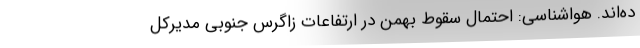
ده‌اند. هواشناسی: احتمال سقوط بهمن در ارتفاعات زاگرس جنوبی مدیرکل